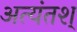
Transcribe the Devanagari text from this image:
अत्यंतश्